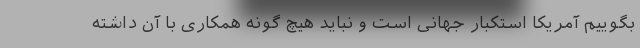
بگوییم آمریکا استکبار جهانی است و نباید هیچ گونه همکاری با آن داشته